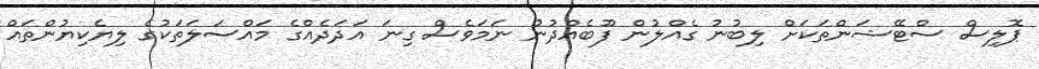
ޕޮލިސް ސްޓޭޝަންތަކަށް ލިބުނު ގެއްލުން ފޫބެއްދުނު ނަމަވެސް ގިނަ އަދަދެއްގެ މައްސަލަތަކުގެ ލިޔެކިޔުންތައް